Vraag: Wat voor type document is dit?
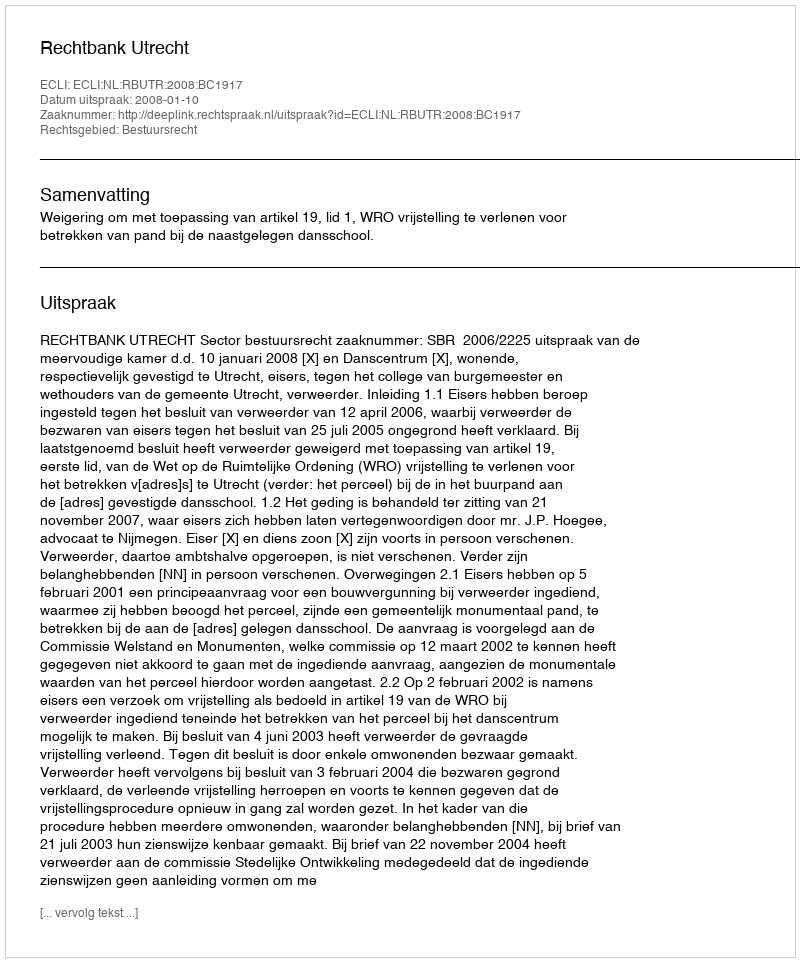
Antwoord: Uitspraak